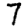
Digit: 7